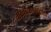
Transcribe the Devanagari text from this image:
चीखीत्सापाद्धाती